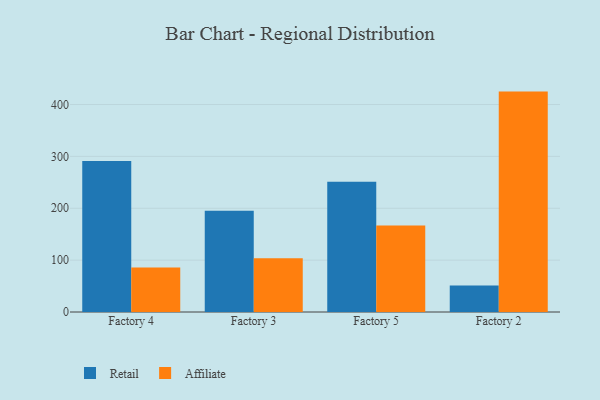
{"axis": {"x": "Factory", "y": "Net Income (USD K)"}, "legend": ["Affiliate", "Retail"], "data": [{"x": "Factory 4", "y": 291.0, "type": "Retail"}, {"x": "Factory 4", "y": 85.7, "type": "Affiliate"}, {"x": "Factory 3", "y": 195.0, "type": "Retail"}, {"x": "Factory 3", "y": 103.7, "type": "Affiliate"}, {"x": "Factory 5", "y": 251.1, "type": "Retail"}, {"x": "Factory 5", "y": 167.0, "type": "Affiliate"}, {"x": "Factory 2", "y": 50.9, "type": "Retail"}, {"x": "Factory 2", "y": 424.9, "type": "Affiliate"}]}